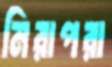
নিরাপরা